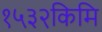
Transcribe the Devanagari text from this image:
१५३२किमि